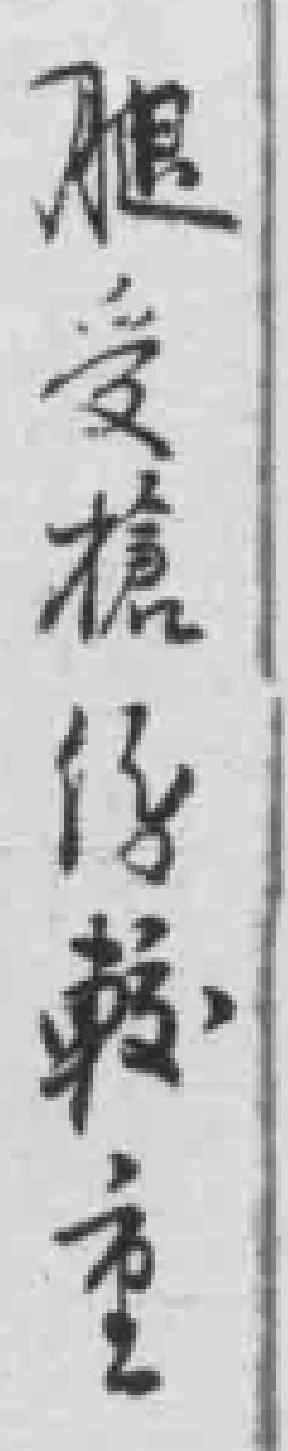
腿受槍傷較重